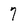
Character: 7